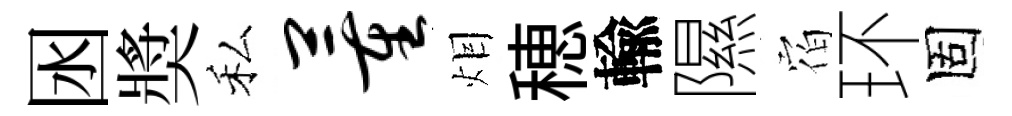
囦奬私董𤇆穂輸隰𪧐环固